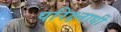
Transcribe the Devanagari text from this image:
परिक्ष्नाधीं